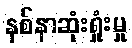
နစ်နာဆုံးရှုံးမှု